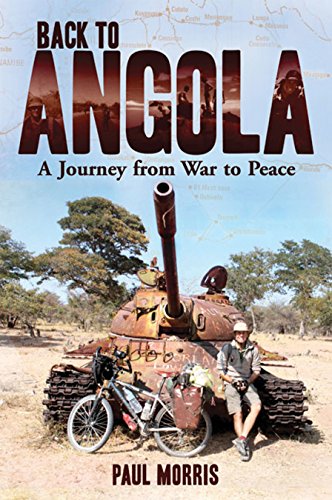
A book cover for Back to Angola: A Journey from War to Peace; Paul Morris; Travel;